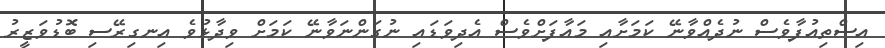
އިސްތިއުފާވެސް ނުދެއްވާނޭ ކަމަށާއި މައާފަށްވެސް އެދިވަޑައި ނުގަންނަވާނޭ ކަމަށް ވިދާޅުވެ އިނގިރޭސި ބޮޑުވަޒީރު